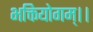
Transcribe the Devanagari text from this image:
भक्तियोगम्‌।।